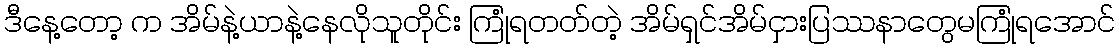
ဒီနေ့တော့ က အိမ်နဲ့ယာနဲ့နေလိုသူတိုင်း ကြုံရတတ်တဲ့ အိမ်ရှင်အိမ်ငှားပြဿနာတွေမကြုံရအောင်